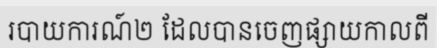
របាយការណ៍២ ដែលបានចេញផ្សាយកាលពី